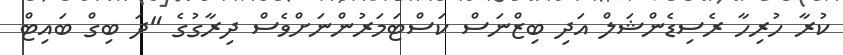
ކުރާ ހުރިހާ ރެސިޑެންޝަލް އަދި ބިޒްނަސް ކަސްޓަމަރުންނަށްވެސް ދިރާގުގެ "ދަ ބިގް ބައިޓް